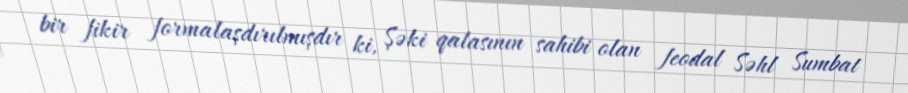
bir fikir formalaşdırılmışdır ki, Şəki qalasının sahibi olan feodal Səhl Sumbat